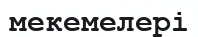
мекемелері